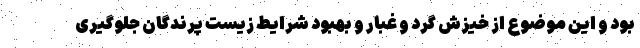
بود و این موضوع از خیزش گرد و غبار و بهبود شرایط زیست پرندگان جلوگیری